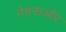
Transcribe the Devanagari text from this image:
नेहरूऔर